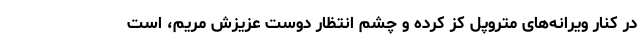
در کنار ویرانه‌های متروپل کز کرده و چشم انتظار دوست عزیزش مریم، است